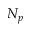
N _ { p }